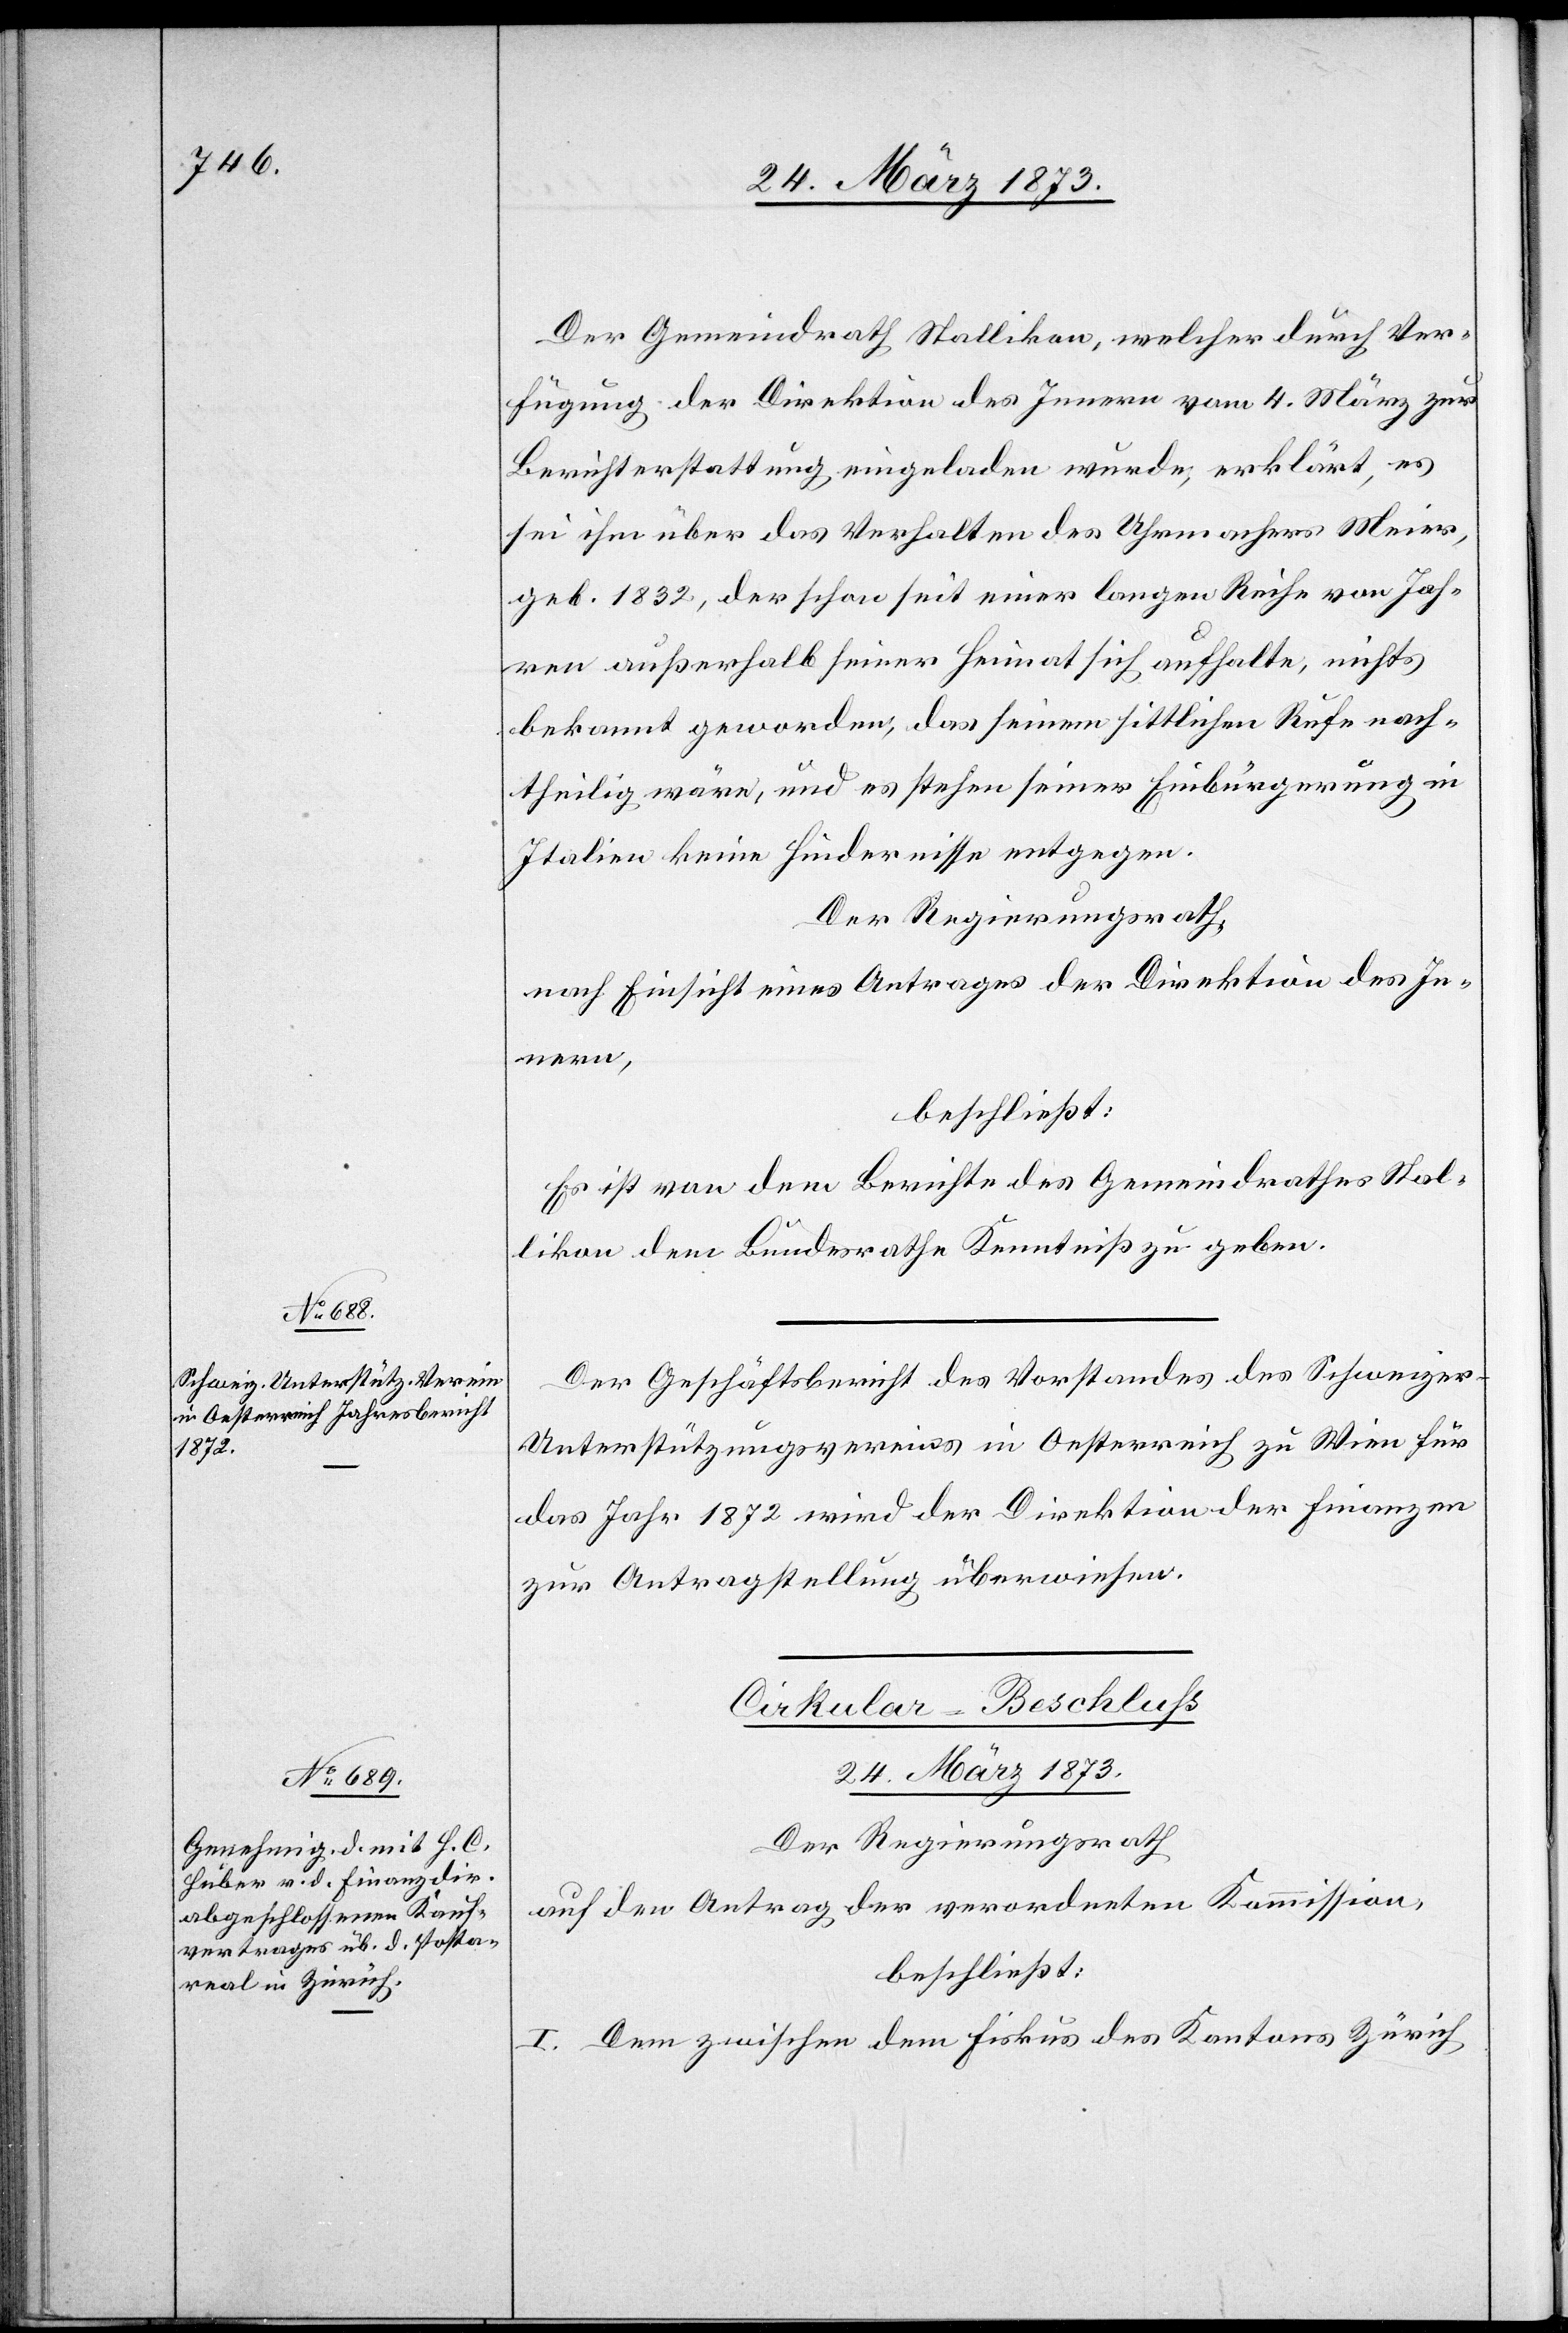
24. März 1873.]
Der Gemeindrath Stallikon, welcher durch Ver¬
fügung der Direktion des Innern vom 4. März zur
Berichterstattung eingeladen wurde, erklärt, es
sei ihm über das Verhalten des Uhrmachers Meier,
geb. 1832, der schon seit einer langen Reihe von Jah¬
ren außerhalb seiner Heimat sich aufhalte, nichts
bekannt geworden, das seinem sittlichen Rufe nach¬
theilig wäre, und es stehen seiner Einbürgerung in
Italien keine Hindernisse entgegen.
Der Regierungsrath,
nach Einsicht eines Antrages der Direktion des In¬
nern,
beschließt:
Es ist von dem Berichte des Gemeindrathes Stal¬
likon dem Bundesrathe Kenntniß zu geben.
Der Geschäftsbericht des Vorstandes des Schweizer-U¬
nterstützungsvereins in Oesterreich zu Wien für
das Jahr 1872 wird der Direktion der Finanzen
zur Antragstellung überwiesen.
Cirkular-Beschluß[.]
24. März 1873.
Der Regierungsrath
auf den Antrag der verordneten Kommission,
beschließt:
I. Dem zwischen dem Fiskus des Kantons Zürich